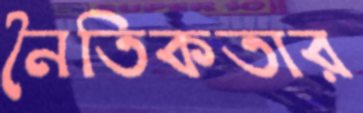
নৈতিকতার